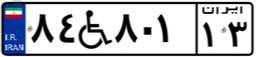
۸۴W۸۰۱۱۳